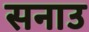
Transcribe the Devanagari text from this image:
सनाउ